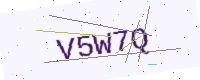
Text: V5W7Q